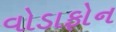
વોડાફોન